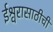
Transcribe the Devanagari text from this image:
ईश्वरासाठीची